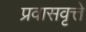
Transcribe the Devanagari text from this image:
प्रवासवृत्ते